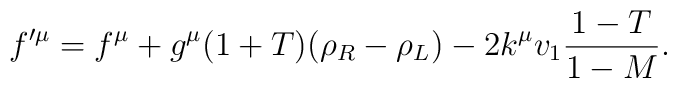
f'^\mu=f^\mu+g^\mu(1+T)(\rho_R-\rho_L)-2k^\mu v_1\frac{1-T}{1-M}.